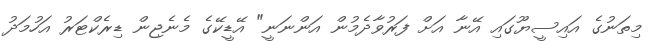
މިތަނުގެ އައިސީޔޫގައި އޭނާ އަށް ފަރުވާދެމުން އަންނަނީ" އޭޑީކޭގެ މެނެޖިން ޑިރެކްޓަރު އަހުމަދު